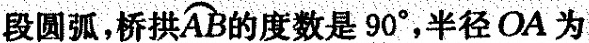
段圆弧，桥拱\stackrel\frown{AB} 的度数是90°，半径OA为